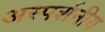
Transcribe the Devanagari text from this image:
अस्पर्शनीय